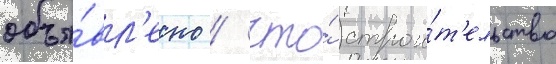
объя́вл'ено / что́ строи́т'ельство